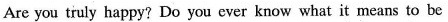
Are you truly happy?Do you ever know what it means to be